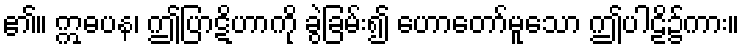
၏။ ဣဓပန၊ ဤပြာဋိဟာကို ခွဲခြမ်း၍ ဟောတော်မူသော ဤပါဠိ၌ကား။